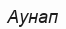
Аунап